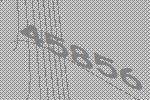
45856